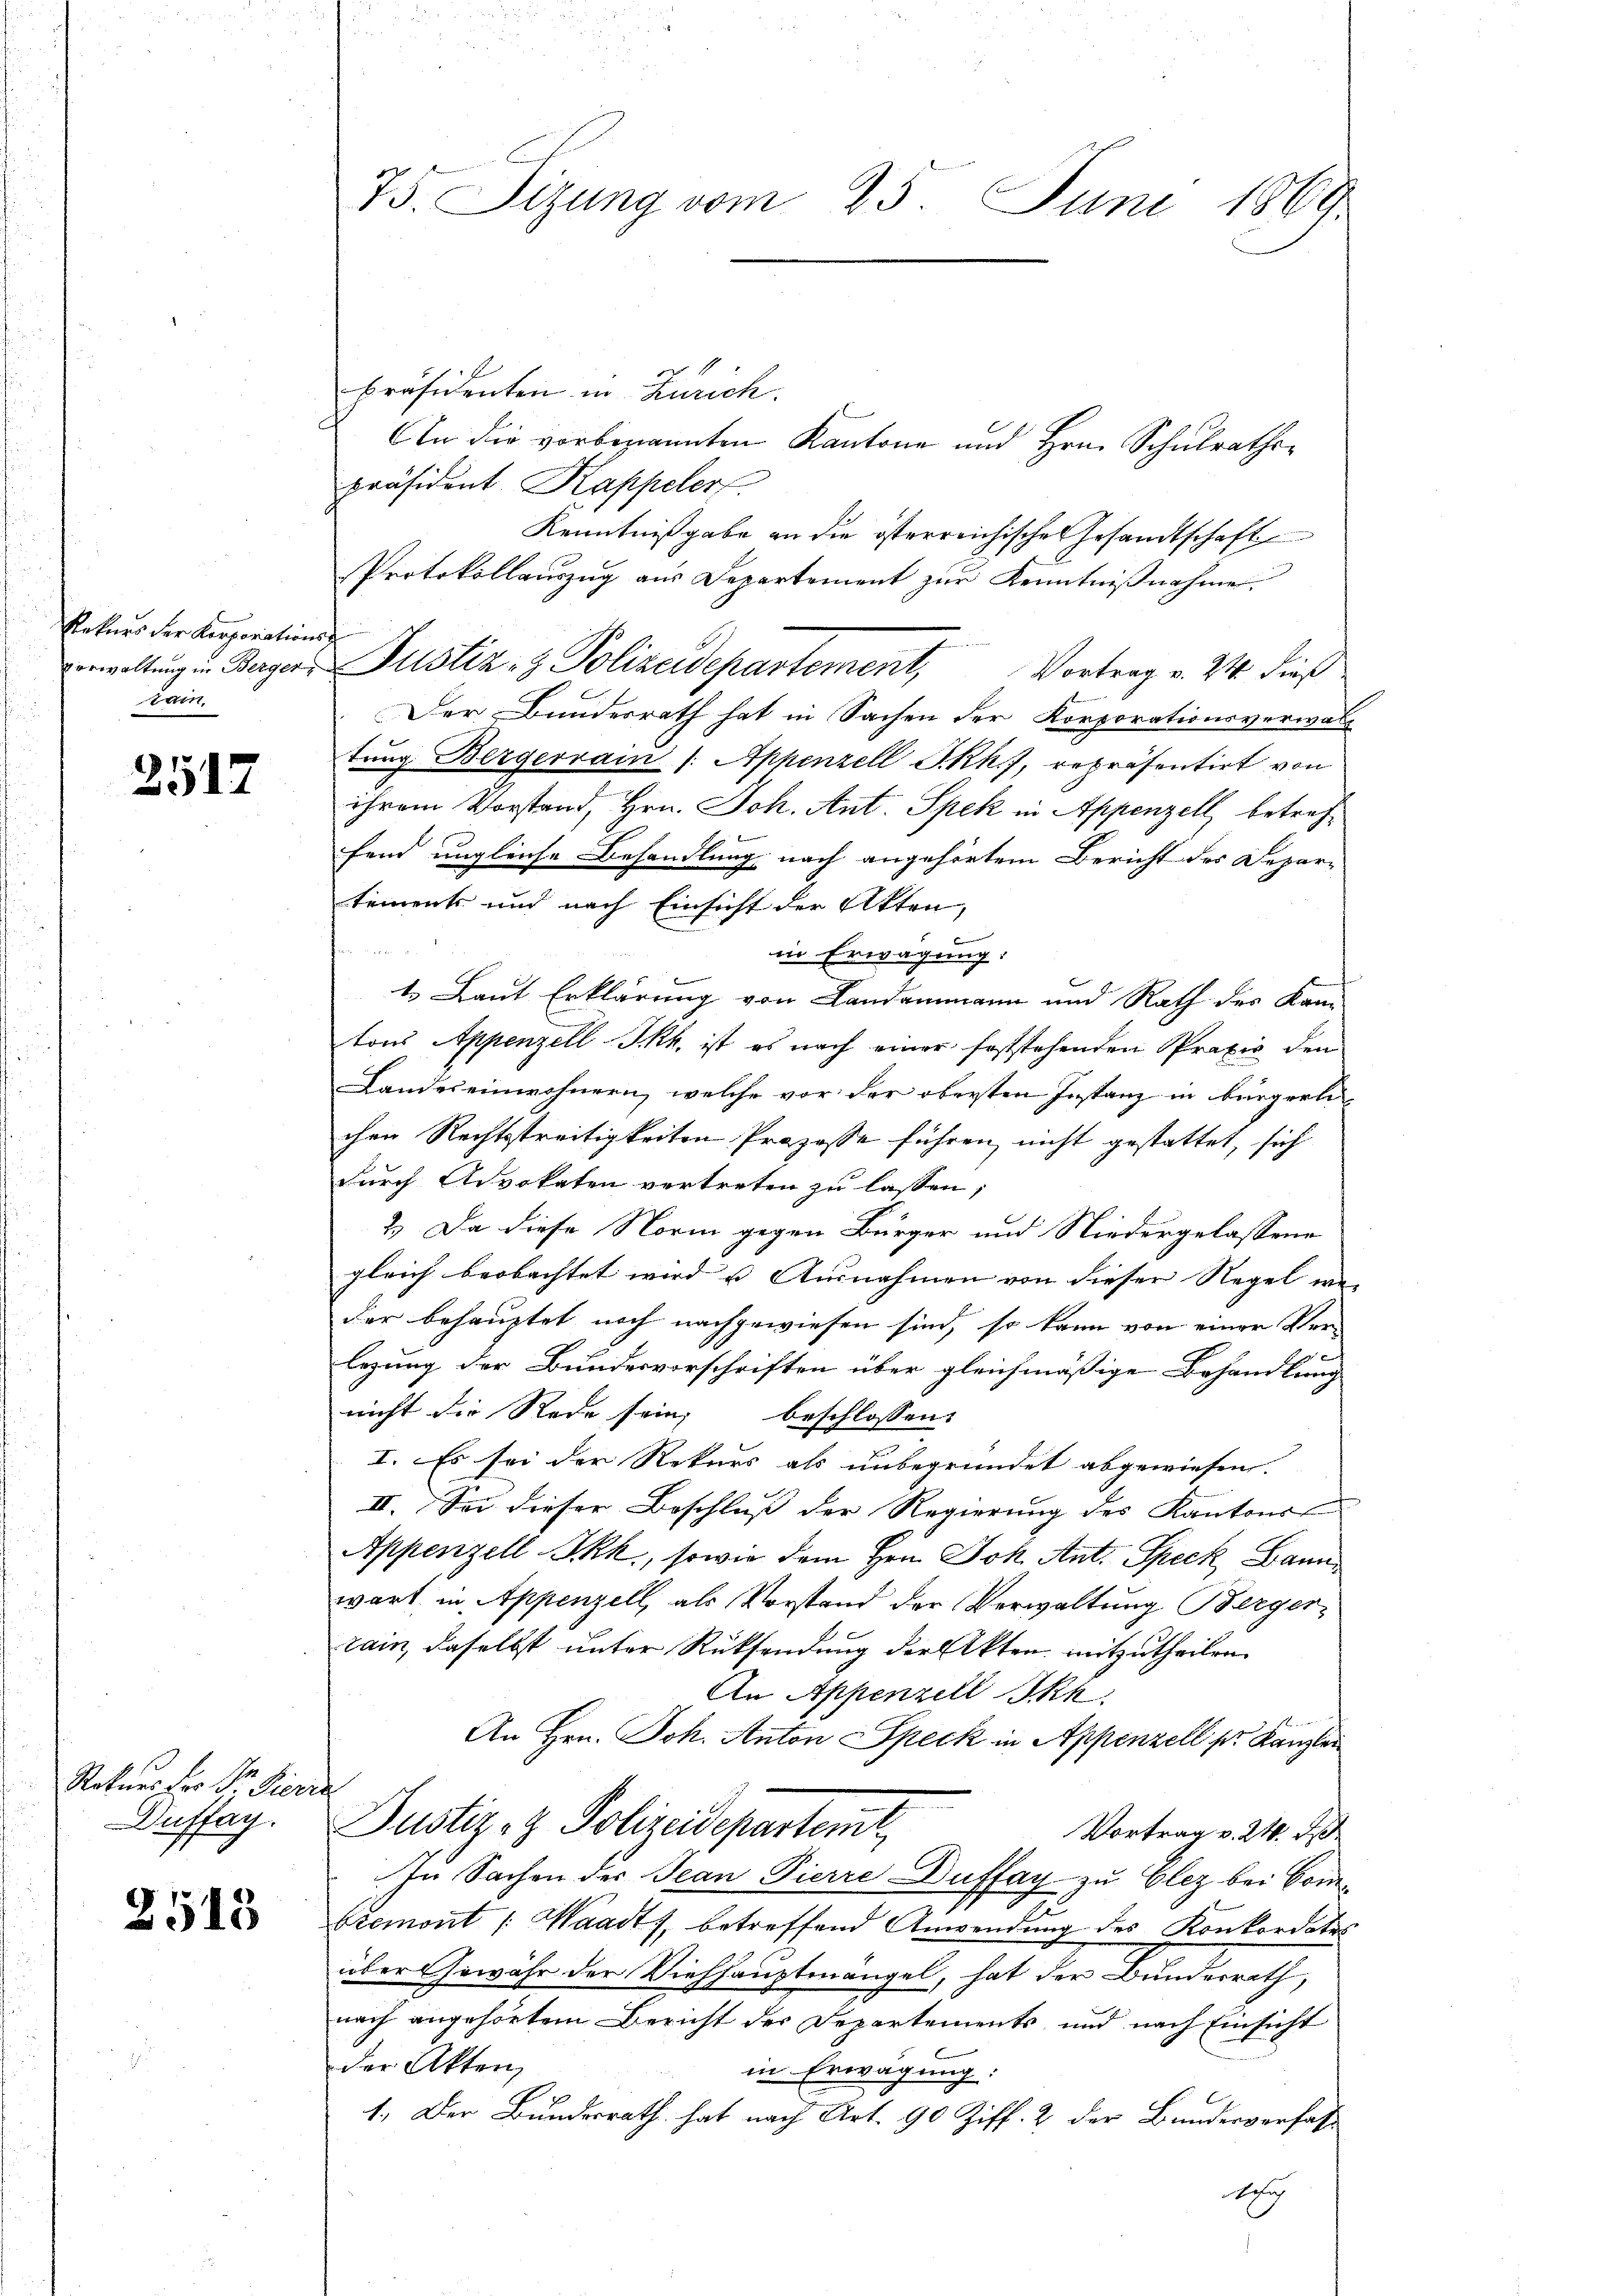
Rekurs der Aerporation
verwaltung in Berger
kam.

2517

Rekurs der Dr. Fierz
Duffag.

2513

75. Sizung vom 23. Juni 1869

präsidenten in Zürich.
An die vorbenannten Kantone und Hrn. Schulrathspräsident. Kappeler.
Kenntnißgabe an die österreichische Gesandtschaft
Protokollauszug aus Departement zur Kenntnißnahme.
Justiz- & Polizeidepartement, Vortrag v. 24. dieß
Der Bundesrath hat in Sachen der Korporationsverwaltŭng Bergerrain /: Appenzell I.Rh.), repräsentirt von
ihrem Vorstand, Hrn. Joh. Ant. Spek in Appenzell betreffend ungleiche Behandlung nach angehörtem Bericht des Depar-
tements und nach Einsicht der Akten,
6
in Erwägung:
1. Laut Erklärung von Landammann und Rath des Kam
tons Appenzell Jkk. ist es nach einer feststehenden Praxis den
Landes einwohnern, welche vor der obersten Instanz in bürgerli
chen Rechtsstreitigkeiten Prozesse führen nicht gestattet, sich
durch Advokaten vertreten zu lassen;
2.) Da diese Norm gegen Bürger und Niedergelassene
gleich beobachtet wird u Ausnahmen von dieser Regel wie
der behauptet noch nachgewiesen sind, so kann von einer Ver-
legung der Bundesvorschriften über gleichmäßige Behandlung
nicht die Rede sein; beschlossen:
I. Es sei der Rekurs als unbegründet abgewiesen
II. Sei dieser Beschluß der Regierung des Kantons
Appenzell Skk., sowie dem Hrn. Joh. Ant. Speck, Bann
wart in Appenzell, als Vorstand der Verwaltung Berger-
tain, daselbst unter Rücksendung der Akten mitzutheilen.
An Appenzell Ikk.
An Hrn. Joh. Anton Speck in Appenzell ser Kanzler
e
Justiz- & Polizeidepartent
Vortrag v. 24. J
In Sachen der Jean Pierre Duffag zu Clez bei Conbremont /: Waadt, betreffend Anwendung des Konkordates
über Gewähr der Viehhauptmängel, hat der Bundesrath,
nach angehörtem Bericht der Departements und nach Einsicht
der Akten,
in Erwägung:
1.) Der Bundesrath hat nach Art. 90 Ziff. 2 der Bundesverfas
ig